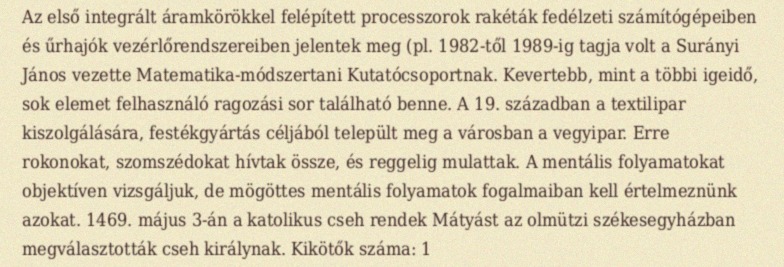
Az első integrált áramkörökkel felépített processzorok rakéták fedélzeti számítógépeiben és űrhajók vezérlőrendszereiben jelentek meg (pl. 1982-től 1989-ig tagja volt a Surányi János vezette Matematika-módszertani Kutatócsoportnak. Kevertebb, mint a többi igeidő, sok elemet felhasználó ragozási sor található benne. A 19. században a textilipar kiszolgálására, festékgyártás céljából települt meg a városban a vegyipar. Erre rokonokat, szomszédokat hívtak össze, és reggelig mulattak. A mentális folyamatokat objektíven vizsgáljuk, de mögöttes mentális folyamatok fogalmaiban kell értelmeznünk azokat. 1469. május 3-án a katolikus cseh rendek Mátyást az olmützi székesegyházban megválasztották cseh királynak. Kikötők száma: 1